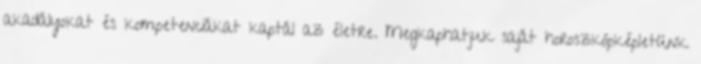
akadályokat és kompetenciákat kaptál az életre. Megkaphatjuk saját horoszkópképletünk